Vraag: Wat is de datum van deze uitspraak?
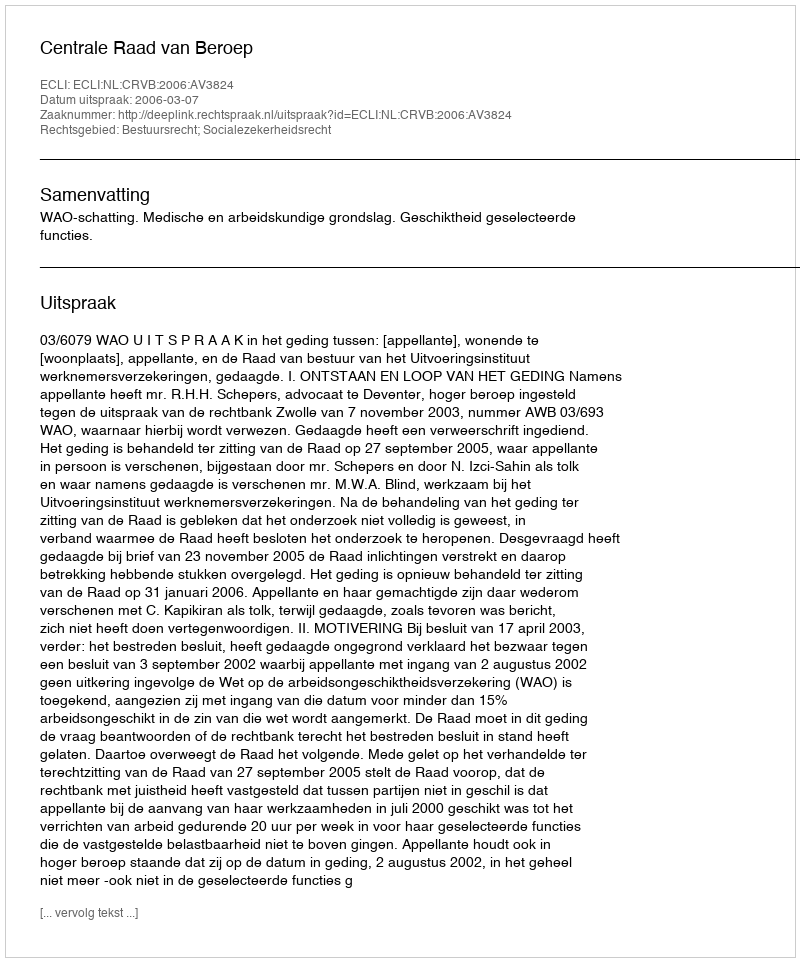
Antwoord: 2006-03-07